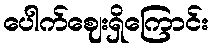
ပေါက်ဈေးရှိကြောင်း